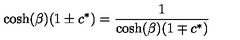
\cosh ( \beta ) ( 1 \pm c ^ { * } ) = { \frac { 1 } { \cosh ( \beta ) ( 1 \mp c ^ { * } ) } }